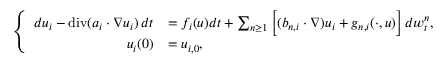
\left\{ \begin{array} { r l } { d u _ { i } - \normalfont { \mathrm { d i v } } ( a _ { i } \cdot \nabla u _ { i } ) \, d t } & { = f _ { i } ( u ) d t + \sum _ { n \geq 1 } \Big [ ( b _ { n , i } \cdot \nabla ) u _ { i } + g _ { n , i } ( \cdot , u ) \Big ] \, d w _ { t } ^ { n } , } \\ { u _ { i } ( 0 ) } & { = u _ { i , 0 } , } \end{array} \right.